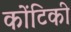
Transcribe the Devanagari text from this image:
कोंटिकी